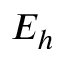
E _ { h }